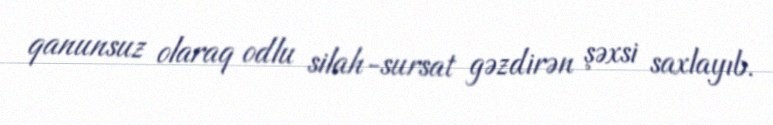
qanunsuz olaraq odlu silah-sursat gəzdirən şəxsi saxlayıb.